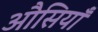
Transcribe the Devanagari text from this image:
औसियाँ